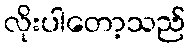
လိုးပါတော့သည်